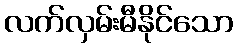
လက်လှမ်းမီနိုင်သော